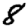
Digit: 8